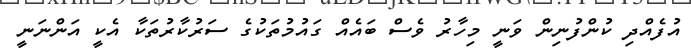
އުފެއްދި ކުންފުނިން ވަނީ މިހާރު ވެސް ބައެއް ގައުމުތަކުގެ ސަރުކާރުތަކާ އެކީ އަންނަނީ